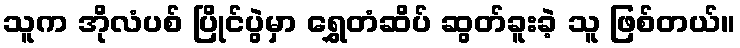
သူက အိုလံပစ် ပြိုင်ပွဲမှာ ရွှေတံဆိပ် ဆွတ်ခူးခဲ့ သူ ဖြစ်တယ်။